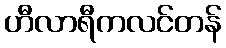
ဟီလာရီကလင်တန်